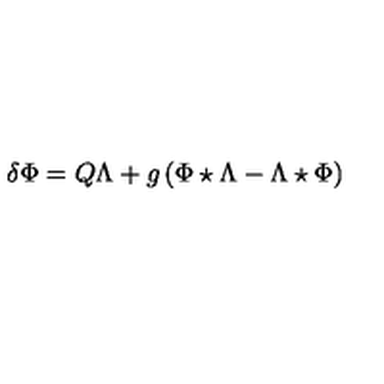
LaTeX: \delta \Phi = Q \Lambda + g \left( \Phi \star \Lambda - \Lambda \star \Phi \right)